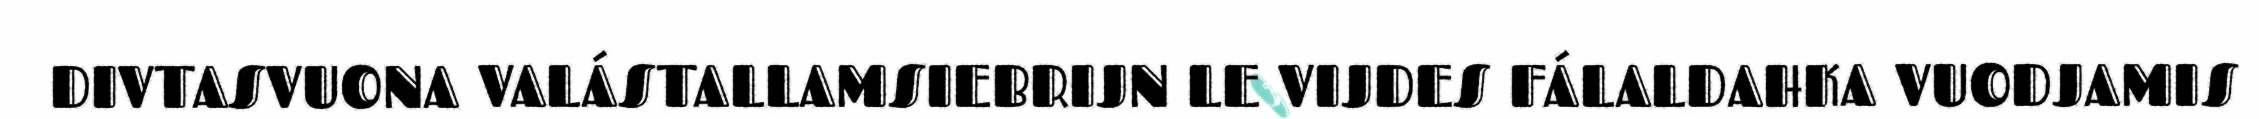
DIVTASVUONA VALÁSTALLAMSIEBRIJN LE VIJDES FÁLALDAHKA VUODJAMIS